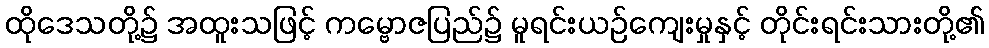
ထိုဒေသတို့၌ အထူးသဖြင့် ကမ္ဗောဇပြည်၌ မူရင်းယဉ်ကျေးမှုနှင့် တိုင်းရင်းသားတို့၏